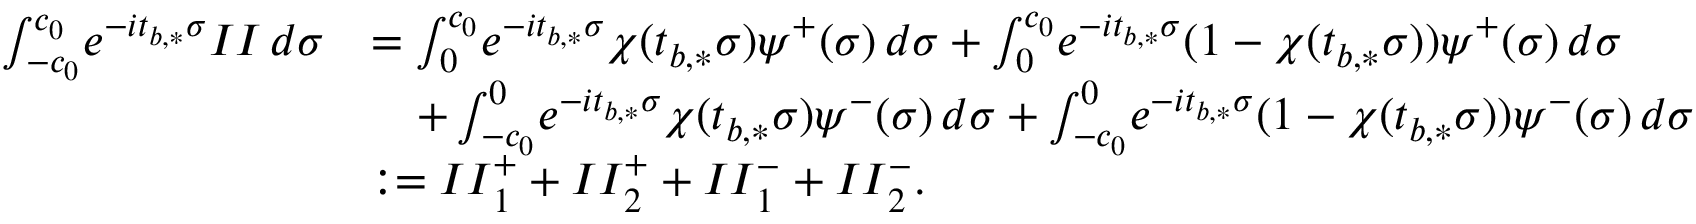
\begin{array} { r l } { \int _ { - c _ { 0 } } ^ { c _ { 0 } } \! e ^ { - i t _ { b , * } \sigma } \MakeUppercase { \romannumeral 2 } \, d \sigma } & { = \int _ { 0 } ^ { c _ { 0 } } \! e ^ { - i t _ { b , * } \sigma } \chi ( t _ { b , * } \sigma ) \psi ^ { + } ( \sigma ) \, d \sigma + \int _ { 0 } ^ { c _ { 0 } } \! e ^ { - i t _ { b , * } \sigma } ( 1 - \chi ( t _ { b , * } \sigma ) ) \psi ^ { + } ( \sigma ) \, d \sigma } \\ & { \quad + \int _ { - c _ { 0 } } ^ { 0 } \! e ^ { - i t _ { b , * } \sigma } \chi ( t _ { b , * } \sigma ) \psi ^ { - } ( \sigma ) \, d \sigma + \int _ { - c _ { 0 } } ^ { 0 } \! e ^ { - i t _ { b , * } \sigma } ( 1 - \chi ( t _ { b , * } \sigma ) ) \psi ^ { - } ( \sigma ) \, d \sigma } \\ & { : = \MakeUppercase { \romannumeral 2 } _ { 1 } ^ { + } + \MakeUppercase { \romannumeral 2 } _ { 2 } ^ { + } + \MakeUppercase { \romannumeral 2 } _ { 1 } ^ { - } + \MakeUppercase { \romannumeral 2 } _ { 2 } ^ { - } . } \end{array}